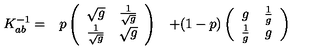
\begin{array} { c c c } { K _ { a b } ^ { - 1 } = } & { p \left( \begin{array} { c c } { \sqrt { g } } & { { \frac { 1 } { \sqrt { g } } } } \\ { { \frac { 1 } { \sqrt { g } } } } & { \sqrt { g } } \\ \end{array} \right) } & { + ( 1 - p ) \left( \begin{array} { c c } { g } & { { \frac { 1 } { g } } } \\ { { \frac { 1 } { g } } } & { g } \\ \end{array} \right) } \\ \end{array}